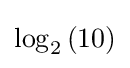
\log _{2}\left(10\right)